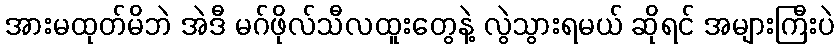
အားမထုတ်မိဘဲ အဲဒီ မဂ်ဖိုလ်သီလထူးတွေနဲ့ လွဲသွားရမယ် ဆိုရင် အများကြီးပဲ